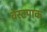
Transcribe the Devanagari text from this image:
वेस्टपाक